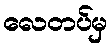
လေတပ်မှ